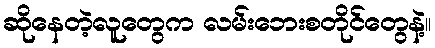
ဆိုနေတဲ့လူတွေက လမ်းဘေးစတိုင်တွေနဲ့။